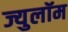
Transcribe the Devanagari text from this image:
ज्युलॉम